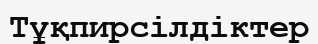
Тұқпирсілдіктер